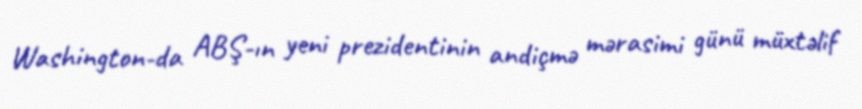
Washington-da ABŞ-ın yeni prezidentinin andiçmə mərasimi günü müxtəlif